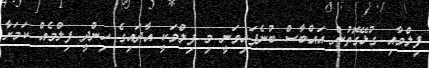
ފިލްމާއި ގުޅޭގޮތުން އައްބާސް ބުނެފައިވަނީ މި ފިލްމަކީ އާދައިގެ ހިންދީ ފިލްމެއް ކަމަށާ